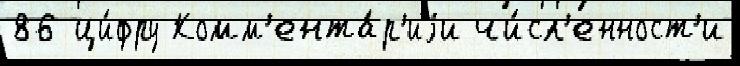
86 ци́фру Комм'ента́р'иjи чи́сл'енност'и